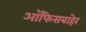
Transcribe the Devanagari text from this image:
ऑफिसबाहेर